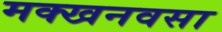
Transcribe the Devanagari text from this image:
मक्खनवसा